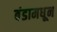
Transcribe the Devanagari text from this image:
बंडामधून